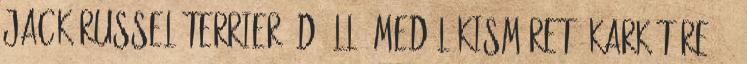
Jack Russel Terrier 3D álló medál kisméretű karkötőre 12